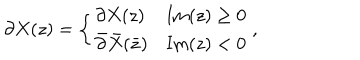
\partial X ( z ) = \left\{ \begin{array} { l l } { { \partial X ( z ) } } & { { \mathrm { I m } ( z ) \geq 0 } } \\ { { \bar { \partial } \bar { X } ( \bar { z } ) } } & { { \mathrm { I m } ( z ) < 0 } } \\ \end{array} \right. ,